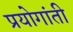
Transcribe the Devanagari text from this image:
प्रयोगांती